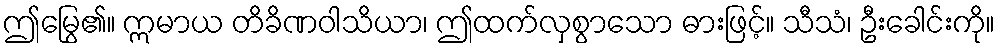
ဤမြွေ၏။ ဣမာယ တိခိဏဝါသိယာ၊ ဤထက်လှစွာသော ဓားဖြင့်။ သီသံ၊ ဦးခေါင်းကို။